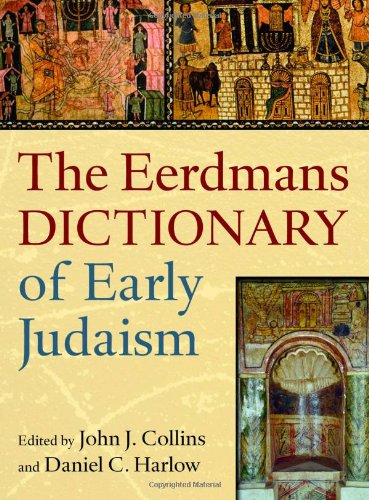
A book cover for The Eerdmans Dictionary of Early Judaism; Religion & Spirituality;